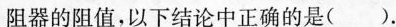
阻器的阻值，以下结论中正确的是()。